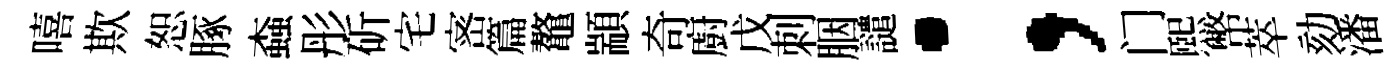
嘻欺恕䐁螙彤斫宅宻篇鼇顓奇廚戊刺胭譴；门熙幣萃劾潘